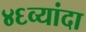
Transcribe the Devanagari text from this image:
४६व्यांदा